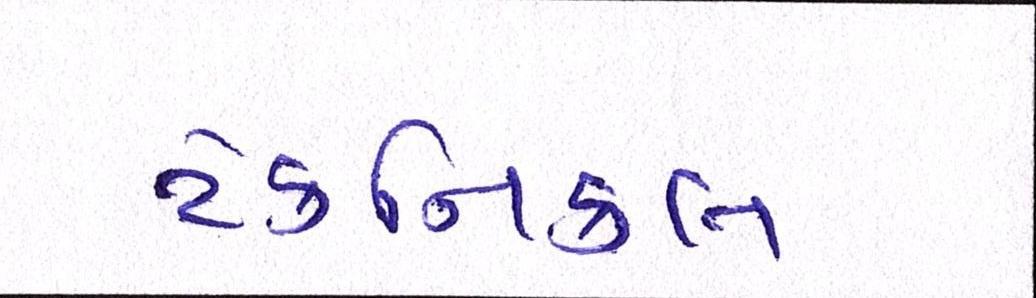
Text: ટેકનિકલ